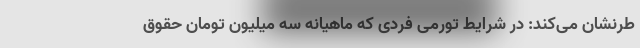
طرنشان می‌کند: در شرایط تورمی فردی که ماهیانه‌ سه میلیون تومان حقوق